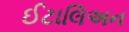
ઈટાલિઅન